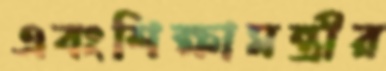
এবংশিক্ষামন্ত্রীর